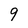
Character: 9